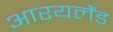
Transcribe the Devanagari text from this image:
आरयलैंड